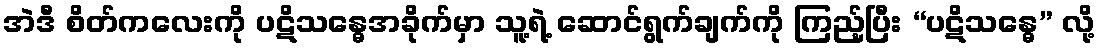
အဲဒီ စိတ်ကလေးကို ပဋိသန္ဓေအခိုက်မှာ သူ့ရဲ့ ဆောင်ရွက်ချက်ကို ကြည့်ပြီး “ပဋိသန္ဓေ” လို့